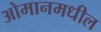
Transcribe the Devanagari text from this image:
ओमानमधील